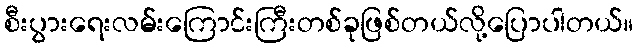
စီးပွားရေးလမ်းကြောင်းကြီးတစ်ခုဖြစ်တယ်လို့ပြောပါတယ်။